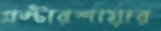
গ্লস্টারশায়ার